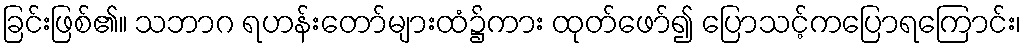
ခြင်းဖြစ်၏။ သဘာဂ ရဟန်းတော်များထံ၌ကား ထုတ်ဖော်၍ ပြောသင့်ကပြောရကြောင်း၊